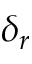
\delta _ { r }